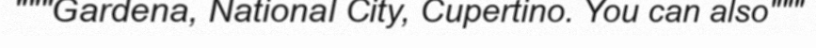
"""Gardena, National City, Cupertino. You can also"""